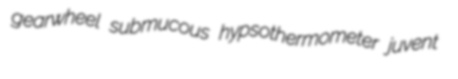
gearwheel submucous hypsothermometer juvent